French and German assistants in Scottish schools and training centres, 1936
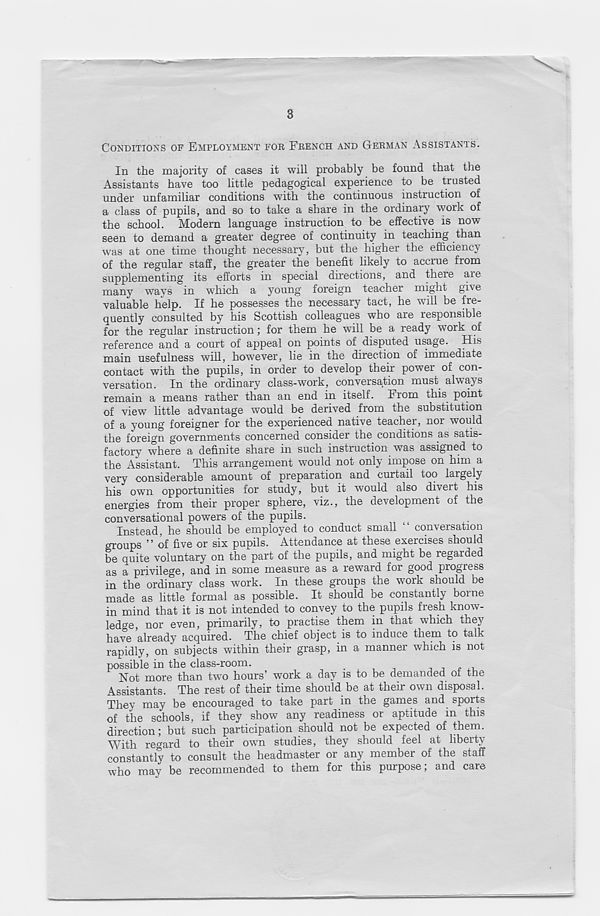
3
CONDITIONS OF EMPLOYMENT FOR FRENCH AND GERMAN ASSISTANTS.
In the majority of cases it will probably be found that the
Assistants have too little pedagogical experience to be trusted
under unfamiliar conditions with the continuous instruction of
a class of pupils, and so to take a share in the ordinary work of
the school. Modern language instruction to be effective is now-
seen to demand a greater degree of continuity in teaching than
was at one time thought necessary, but the higher the efficiency
of the regular staff, the greater the benefit likely to accrue from
supplementing its efforts in special directions, and there aie
many ways in which a young foreign teacher might give
valuable help. If he possesses the necessary tact, he will be fre-
quently consulted by his Scottish colleagues who are responsible
for the regular instruction; for them he will be a ready work of
reference and a court of appeal on points of disputed usage. His
main usefulness will, however, lie in the direction of immediate
contact with the pupils, in order to develop their power of con-
versation. In the ordinary class-work, conversation must always
remain a means rather than an end in itself. From this point
of view little advantage would be derived from the substitution
of a young foreigner for the experienced native teacher, nor would
the foreign governments concerned consider the conditions as satis-
factory where a definite share in such instruction was assigned to
the Assistant. This arrangement would not only impose on him a
very considerable amount of preparation and curtail too largely
his own opportunities for study, but it would also divert his
energies from their proper sphere, viz., the development of the
conversational powers of the pupils.
Instead, he should be employed to conduct small “ conversation
groups ” of five or six pupils. Attendance at these exercises should
be quite voluntary on the part of the pupils, and might be regarded
as a privilege, and in some measure as a reward for good progress
in the ordinary class work. In these groups the work should be
made as little formal as possible. It should be constantly borne
in mind that it is not intended to convey to the pupils fresh know-
ledge, nor even, primarily, to practise them in that which they
have already acquired. The chief object is to induce them to talk
rapidly, on subjects within their grasp, in a manner which is not
possible in the class-room.
Not more than two hours’ work a day is to be demanded of the
Assistants. The rest of their time should be at their own disposal.
They may be encouraged to take part in the games and sports
of the schools, if they show any readiness or aptitude in this
direction; but such participation should not be expected of them.
With regard to their own studies, they should feel at liberty
constantly to consult the headmaster or any member of the staff
who may be recommended to them for this purpose; and care